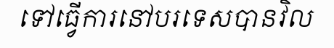
ទៅធ្វើការនៅបរទេសបានវិល